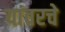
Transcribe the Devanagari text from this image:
यांवरचे